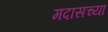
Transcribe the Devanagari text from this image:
मदासच्या